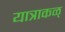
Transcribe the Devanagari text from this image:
यात्राकळ्